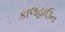
કાલહાઉન